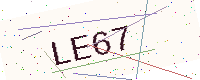
Text: LE67